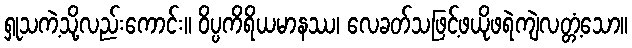
ရှုသကဲ့သို့လည်းကောင်း။ ဝိပ္ပကိရိယမာနဿ၊ လေခတ်သဖြင့်ဖယိုဖရဲကျဲလတ္တံ့သော။